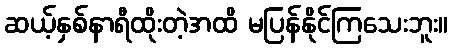
ဆယ့်နှစ်နာရီထိုးတဲ့အထိ မပြန်နိုင်ကြသေးဘူး။